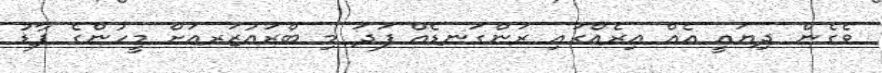
ވެގެން ދިޔައީ އެއް އިރެއްގައި ރަންގަނޑެއް ފަދަ މި ބްރައުޒަރއަށް މީހުންގެ ފާޑު